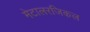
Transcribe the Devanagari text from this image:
मेटालरजिकल